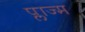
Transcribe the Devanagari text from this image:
प्लाज्म